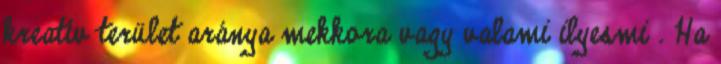
kreatív terület aránya mekkora vagy valami ilyesmi . Ha